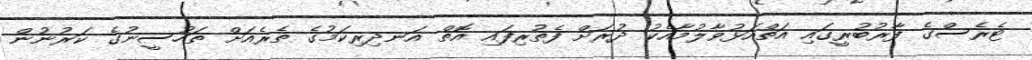
ޓެރެސްގެ ފާރުބުރީގައި އަތްއަޅުވާލުމާއެކު ދުރަށް ފެތުރިފައި އޮތް އަނދިރިކަމުގެ ތެރެއަށް ތަހުސީނުގެ ކަރުނުން